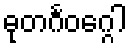
ဓုတင်္ဂဝဂ္ဂေါ